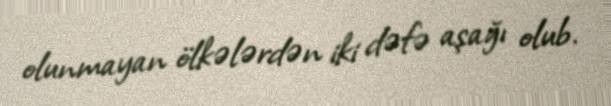
olunmayan ölkələrdən iki dəfə aşağı olub.